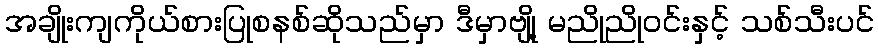
အချိုးကျကိုယ်စားပြုစနစ်ဆိုသည်မှာ ဒီမှာဗျို့ မညိုညိုဝင်းနှင့် သစ်သီးပင်